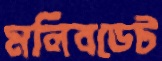
মলিবডেট